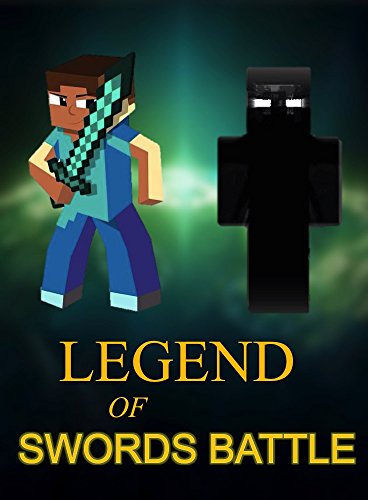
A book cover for Legend Of Swords Battle (Minecraft Adventures Book 3); Ryan Johnson; Children's Books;